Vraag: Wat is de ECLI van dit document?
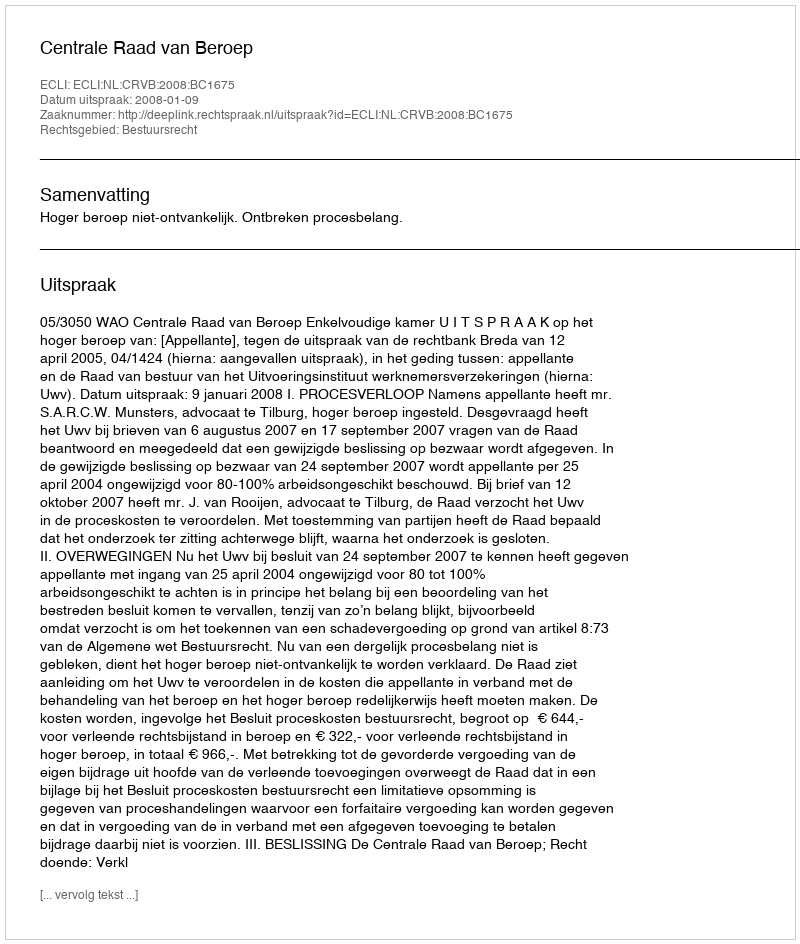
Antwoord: ECLI:NL:CRVB:2008:BC1675